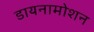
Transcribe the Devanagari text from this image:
डायनामोशन